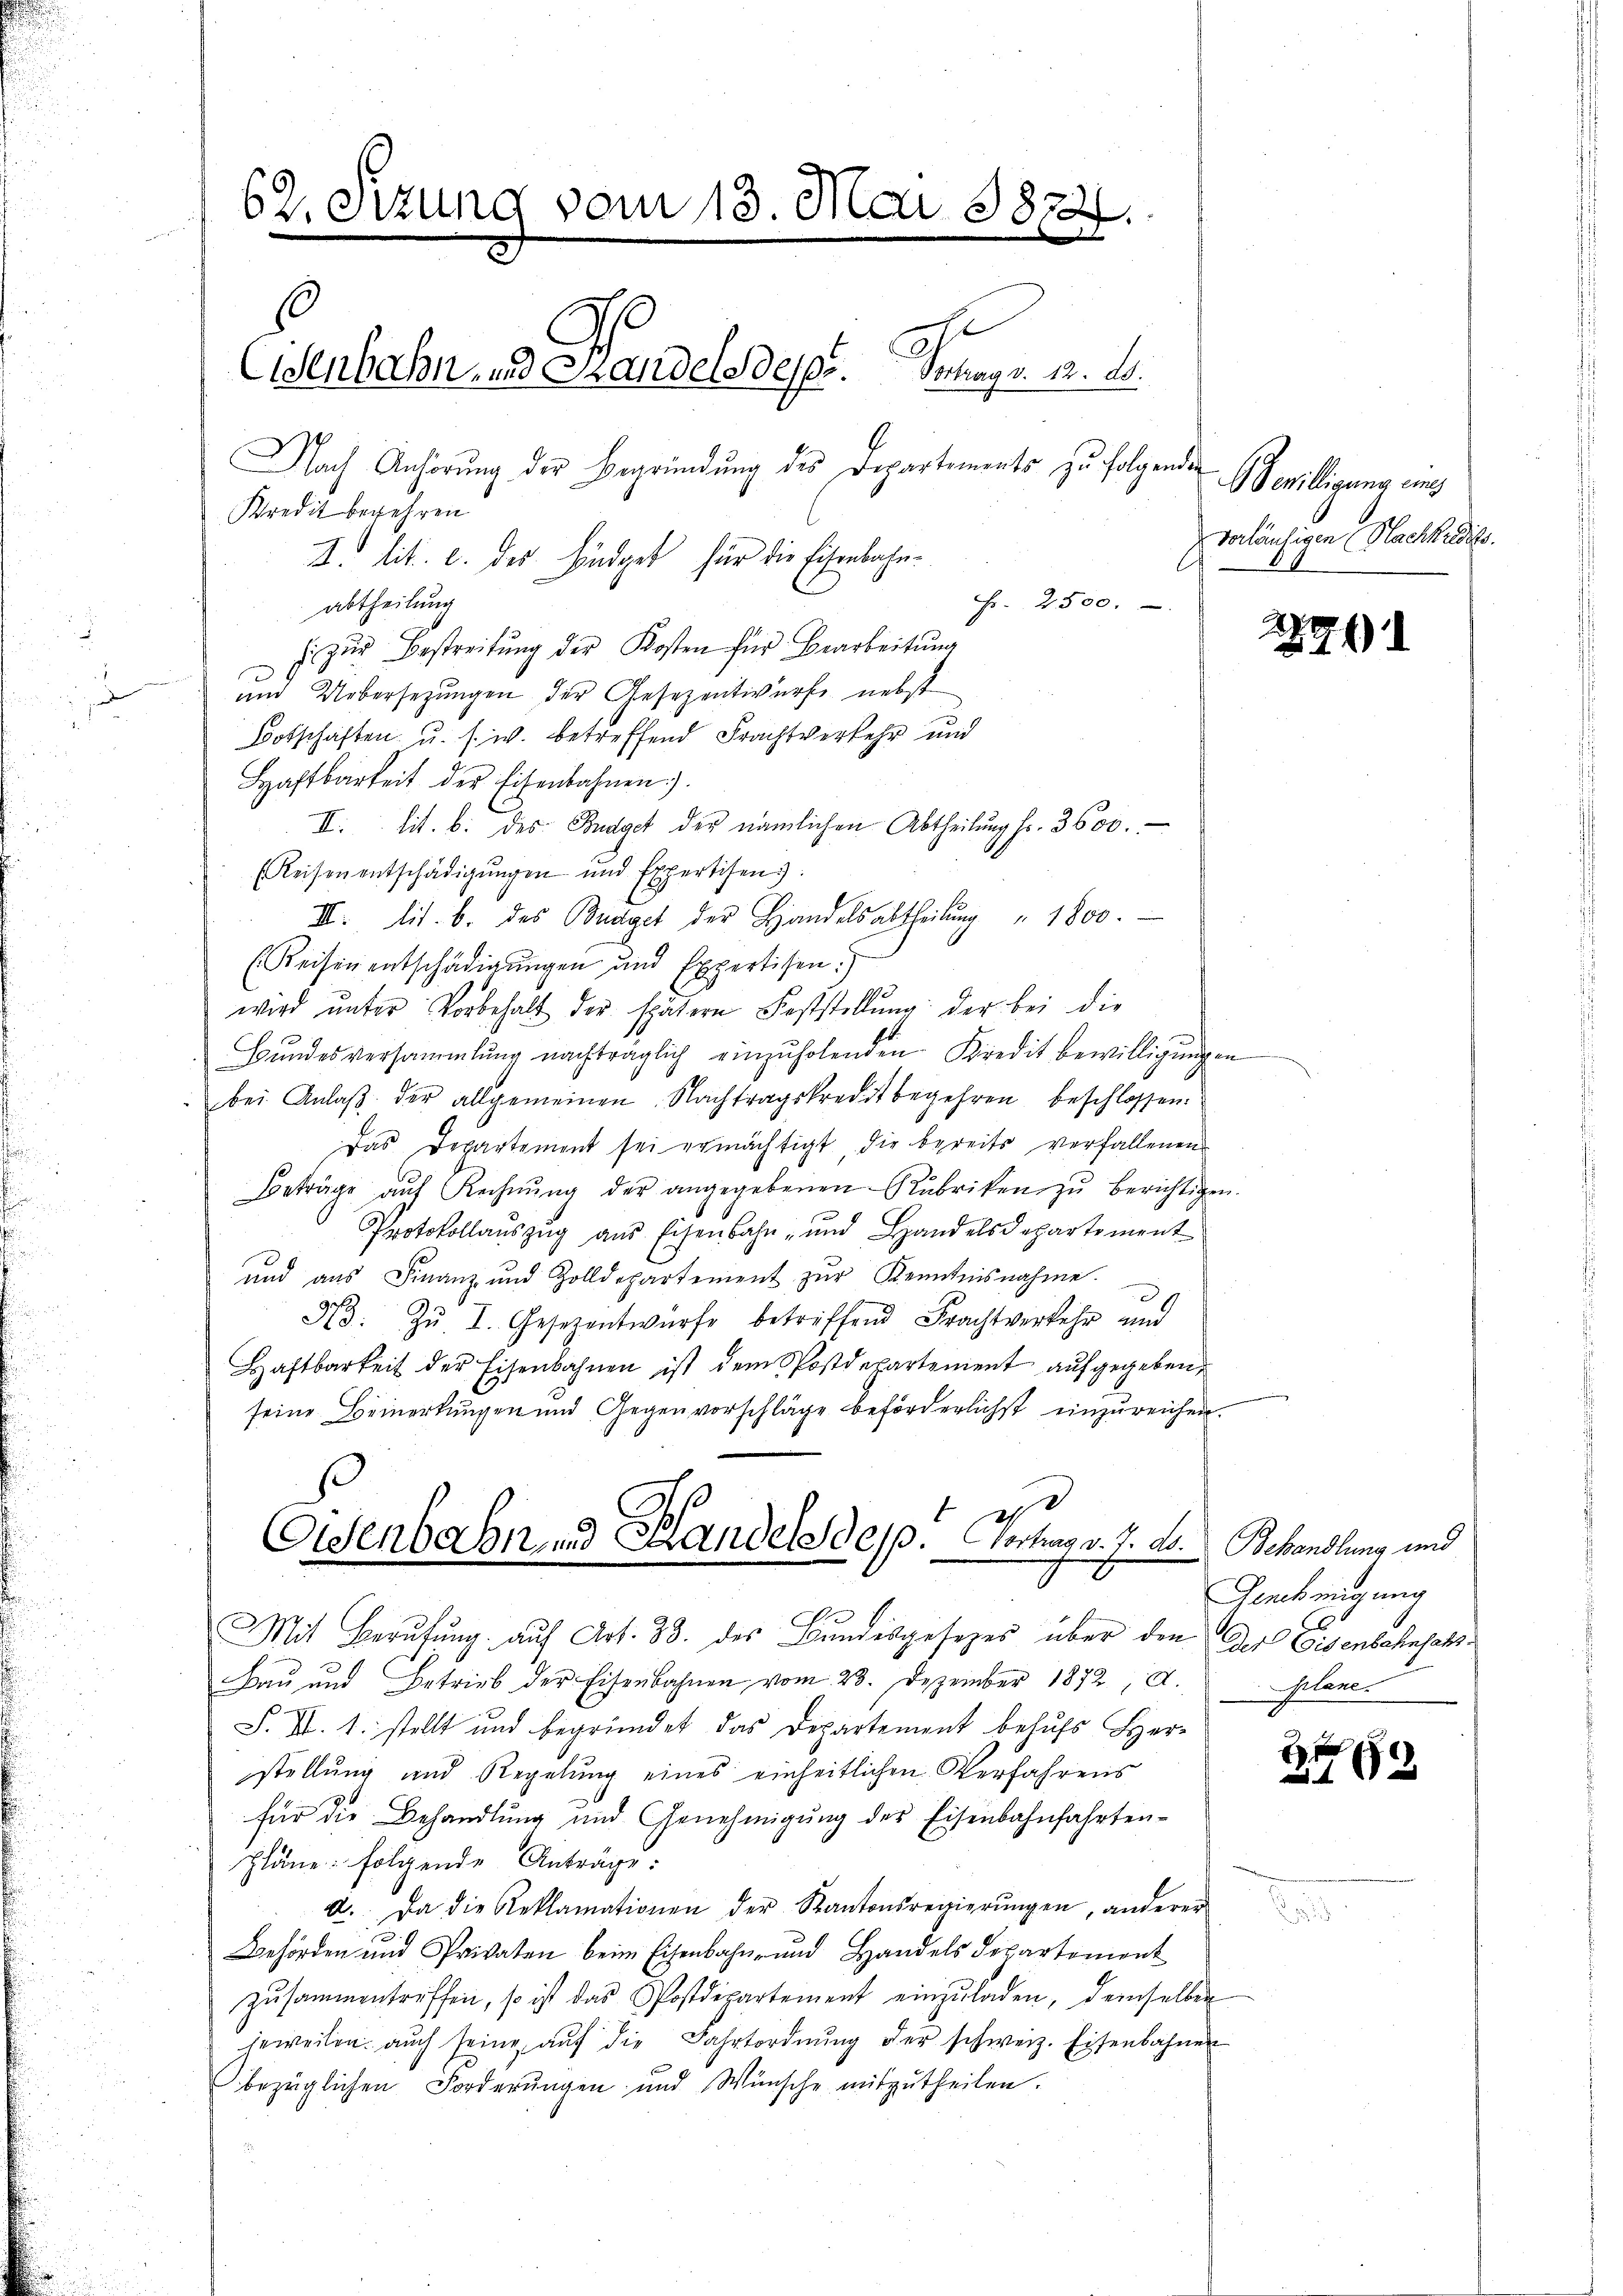
62. Sizung vom 13. Mai 1874.
Eisenbahn- und Standels desp. Vertrag v. 12. A.
Nach Anhörung der Begründung des Departements zu folgenden
Kredit begehren
I. lit. c. des Findet, für die Eisenbahn¬

Mit Berufung auf Art. 38. des Bundesgesezes über den Der Eisenbahnfah¬

Fr. 2500.
abtheilung
h zŭr Bestreitŭng der Kosten für Bearbeitung
und Uebersetzungen der Gesezentwurfe nebst
Botschaften u. s. w. betreffend Frachtverkehr und
Haftbarkeit der Eisenbahnen).
II. lit. b. des Budget der nämlichen Abtheilung fr. 3600.
Reisen entschädigŭngen und Expertisen.
III. lit. b. des Budget der Handelsabtheilŭng " 1800.
(Reisen entschädigungen und Expertisen.
wird ŭnter Vorbehalt der spätern Feststellŭng der bei die
Bŭndesversammlung nachträglich einzŭholenden Kredit bewilligungen
bei Anlaβ der allgemeinen Nachtragskreditbegehren beschlossen.
Das Departement sei ermächtigt, die bereits verfallenen
Beträge aŭf Rechnŭng der angegebenen Rubriken zŭ berichtigen.
Protokollaŭszŭg aŭs Eisenbahn- und Handelsdepartement
und aus Finanz- und Zolldepartement zŭr Kenntnisnahme.
d. Zŭ I. Gesezentwürfe betreffend Frachtverkehr und
Haftbarkeit der Eisenbahnen ist dem Postdepartement aufgegeben,
seine Bemerkungen und Gegenvorschläge beförderlichst einzureichen.
Eisenbahn u Handelsdepp.   Vortrag v. J. A. Behandlung und

GBewilligung eing
vorläufigen Nachkundiss

Bau und Betrieb der Eisenbahnen vom 23. Dezember 1872, A.
S. II. 1. stellt und begründet das Departement behufs Herr
stellung und Regelung eines einheitlichen Verfahrens
für die Behandlung und Genehmigŭng des Eisenbahnfahrten-
pläne folgende Anträge:
a. Da die Reklamationen der Kantonsregierŭngen, anderer
Behörden und Privaten beim Eisenbahn- und Handels Departement
zŭsammentriffen, so ist das Postdepartement einzŭladen, demselben
jeweilen. auch seine aŭf die Fahrtordnŭng der schweiz. Eisenbahnen
bezüglichen Forderungen und Wünsche mitzutheilen.

29)

Genehmigung
pplane.

f x
182